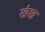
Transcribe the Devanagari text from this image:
खंख